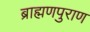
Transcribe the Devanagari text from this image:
ब्राह्मणपुराण